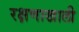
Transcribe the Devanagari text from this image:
रक्षणाखाली